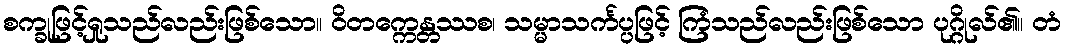
စက္ခုဖြင့်ရှုသည်လည်းဖြစ်သော။ ဝိတက္ကေန္တဿစ၊ သမ္မာသင်္ကပ္ပဖြင့် ကြံသည်လည်းဖြစ်သော ပုဂ္ဂိုလ်၏။ တံ